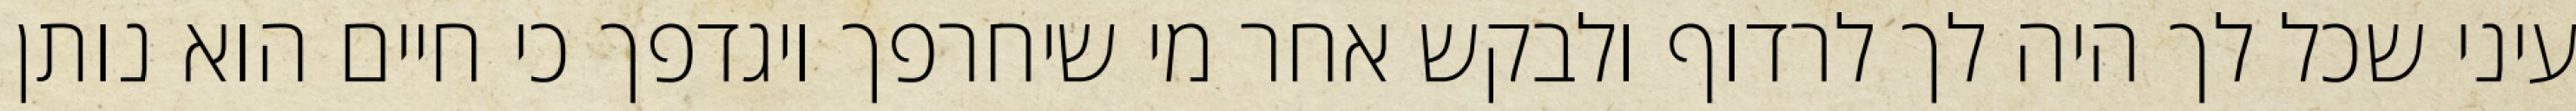
עיני שכל לך היה לך לרדוף ולבקש אחר מי שיחרפך ויגדפך כי חיים הוא נותן